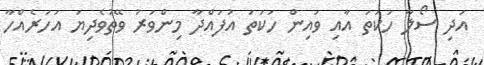
އަދި ސޯލާ ހަކަތަ އާއި ވައިން ހަކަތަ އުފައްދާ މިންވަރު ވޭތުވެދިޔަ އަހަރެއްހާ